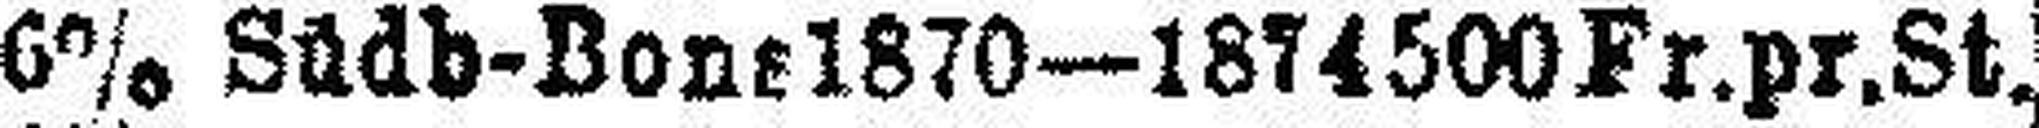
6% Südb-Bone 1870—1874 500 Fr.pr.St.